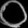
Digit: ၀